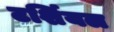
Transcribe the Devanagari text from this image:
टर्शियल